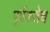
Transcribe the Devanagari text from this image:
पूर्वेकडेच